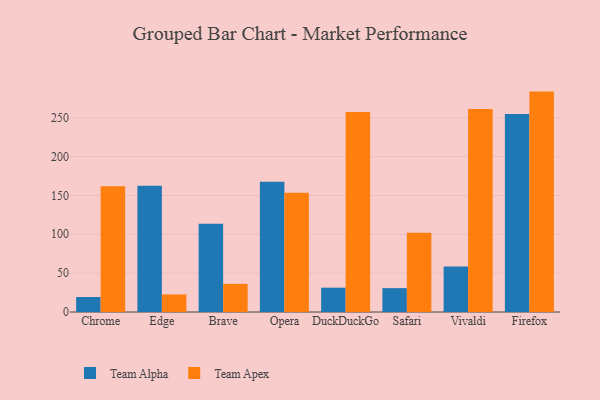
{"axis": {"x": "Browser", "y": "Humidity (%)"}, "legend": ["Team Alpha", "Team Apex"], "data": [{"x": "Chrome", "y": 19.3, "type": "Team Alpha"}, {"x": "Chrome", "y": 161.8, "type": "Team Apex"}, {"x": "Edge", "y": 162.5, "type": "Team Alpha"}, {"x": "Edge", "y": 22.6, "type": "Team Apex"}, {"x": "Brave", "y": 113.7, "type": "Team Alpha"}, {"x": "Brave", "y": 36.2, "type": "Team Apex"}, {"x": "Opera", "y": 167.5, "type": "Team Alpha"}, {"x": "Opera", "y": 153.6, "type": "Team Apex"}, {"x": "DuckDuckGo", "y": 31.3, "type": "Team Alpha"}, {"x": "DuckDuckGo", "y": 257.2, "type": "Team Apex"}, {"x": "Safari", "y": 30.7, "type": "Team Alpha"}, {"x": "Safari", "y": 102.0, "type": "Team Apex"}, {"x": "Vivaldi", "y": 58.6, "type": "Team Alpha"}, {"x": "Vivaldi", "y": 261.1, "type": "Team Apex"}, {"x": "Firefox", "y": 254.8, "type": "Team Alpha"}, {"x": "Firefox", "y": 283.6, "type": "Team Apex"}]}